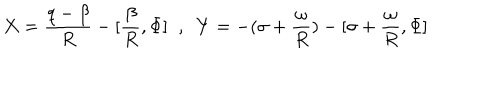
X = \frac { q - \beta } { R } - [ \frac { \beta } { R } , \Phi ] \; \; , \; \; Y = - ( \sigma + \frac { \omega } { R } ) - [ \sigma + \frac { \omega } { R } , \Phi ]